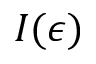
I ( \epsilon )